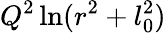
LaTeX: Q^{2}\ln(r^{2}+l_{0}^{2})